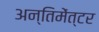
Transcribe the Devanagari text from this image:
अन्तिमेंत्टर